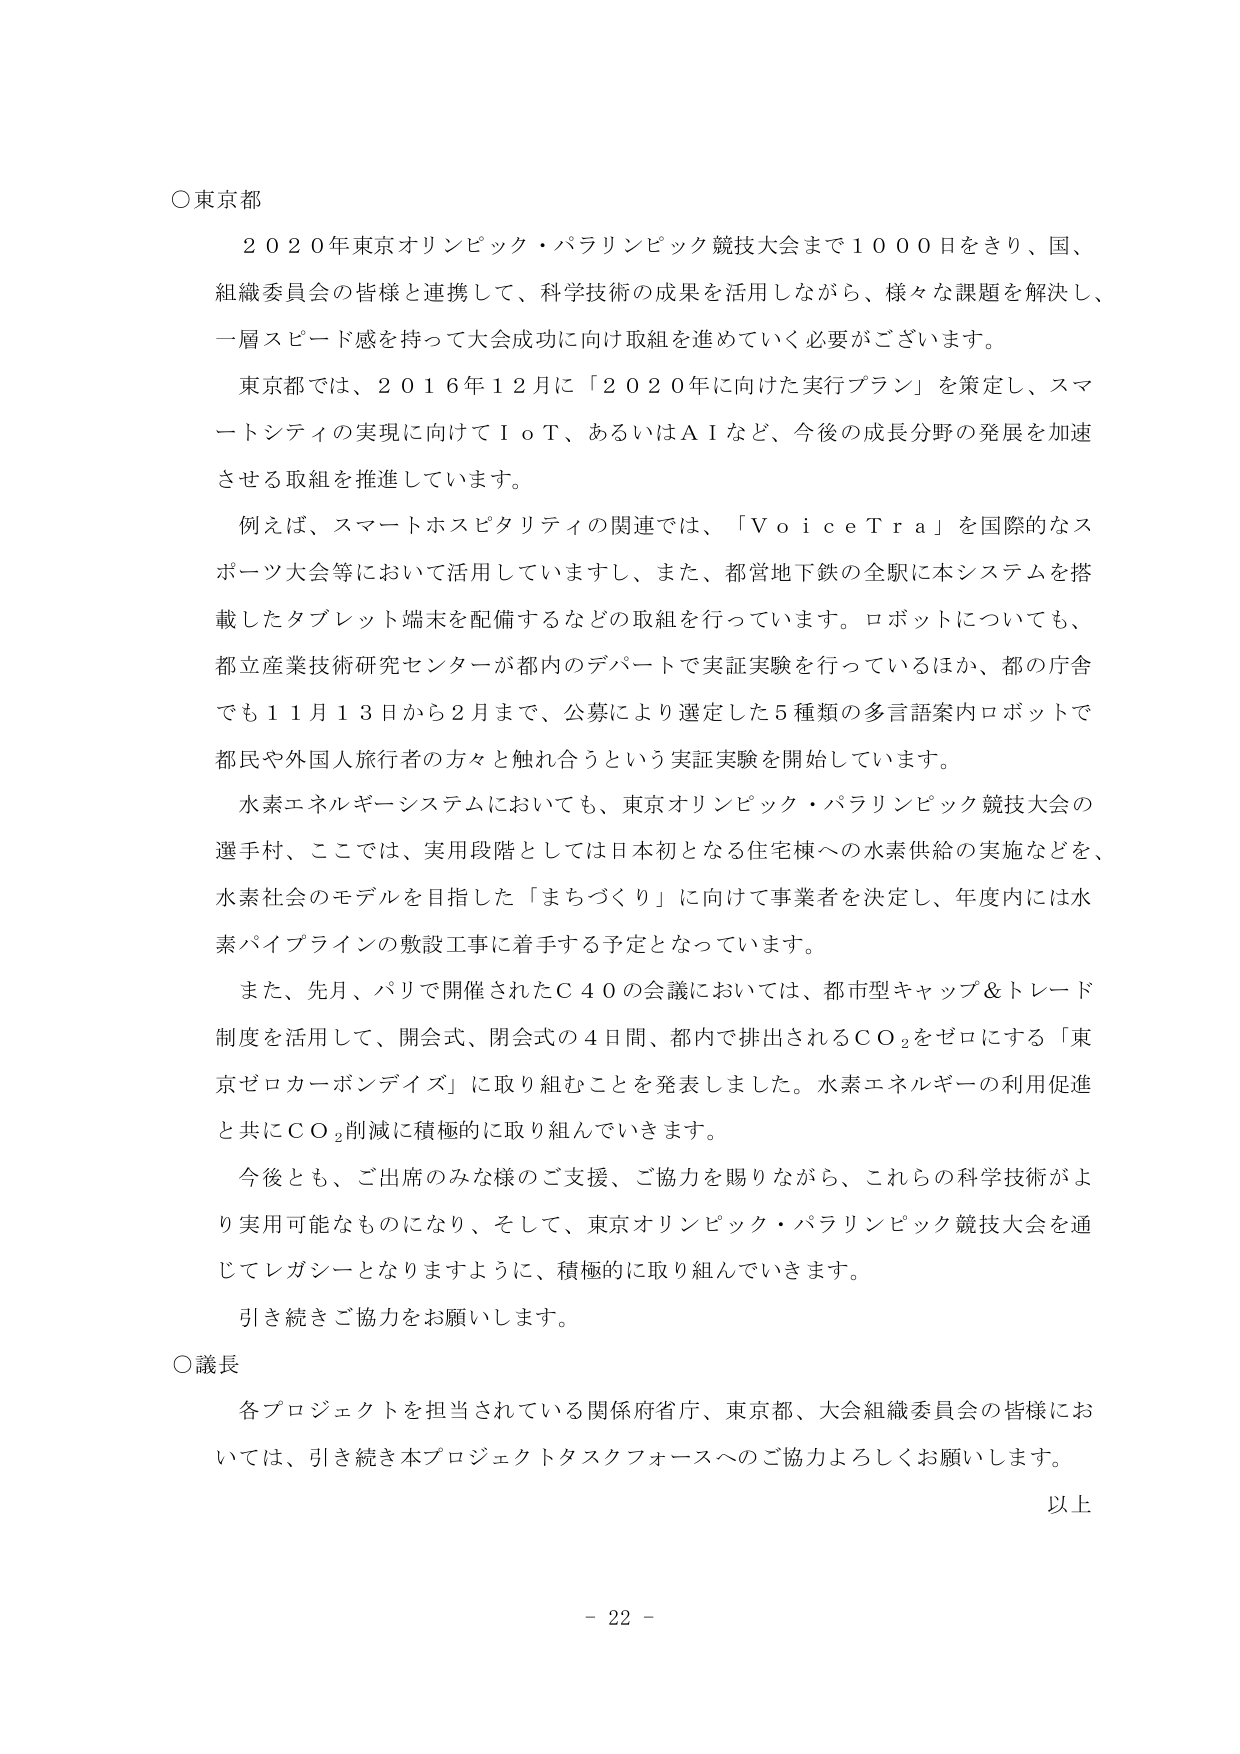
○東京都
２０２０年東京オリンピック・パラリンピック競技大会まで１０００日をきり、国、
組織委員会の皆様と連携して、科学技術の成果を活用しながら、様々な課題を解決し、
一層スピード感を持って大会成功に向け取組を進めていく必要がございます。

東京都では、２０１６年１２月に「２０２０年に向けた実行プラン」を策定し、スマ
ートシティの実現に向けてＩｏＴ、あるいはＡＩなど、今後の成長分野の発展を加速
させる取組を推進しています。

例えば、スマートホスピタリティの関連では、「ＶｏｉｃｅＴｒａ」を国際的なス
ポーツ大会等において活用していますし、また、都営地下鉄の全駅に本システムを搭
載したタブレット端末を配備するなどの取組を行っています。ロボットについても、
都立産業技術研究センターが都内のデパートで実証実験を行っているほか、都の庁舎
でも１１月１３日から２月まで、公募により選定した５種類の多言語案内ロボットで
都民や外国人旅行者の方々と触れ合うという実証実験を開始しています。

水素エネルギーシステムにおいても、東京オリンピック・パラリンピック競技大会の
選手村、ここでは、実用段階としては日本初となる住宅棟への水素供給の実施などを、
水素社会のモデルを目指した「まちづくり」に向けて事業者を決定し、年度内には水
素パイプラインの敷設工事に着手する予定となっています。

また、先月、パリで開催されたＣ４０の会議においては、都市型キャップ＆トレード
制度を活用して、開会式、閉会式の４日間、都内で排出されるＣＯ₂をゼロにする「東
京ゼロカーボンデイズ」に取り組むことを発表しました。水素エネルギーの利用促進
と共にＣＯ₂削減に積極的に取り組んでいきます。

今後とも、ご出席のみな様のご支援、ご協力を賜りながら、これらの科学技術がよ
り実用可能なものになり、そして、東京オリンピック・パラリンピック競技大会を通
じてレガシーとなりますように、積極的に取り組んでいきます。

引き続きご協力をお願いします。

○議長
各プロジェクトを担当されている関係府省庁、東京都、大会組織委員会の皆様にお
いては、引き続き本プロジェクトタスクフォースへのご協力よろしくお願いします。

以上

－ 22 －